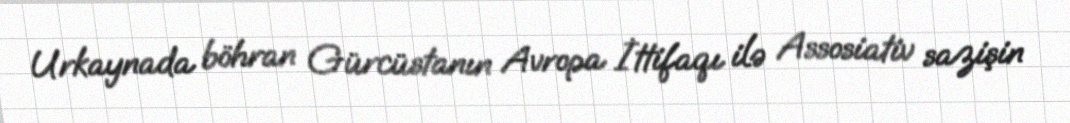
Urkaynada böhran Gürcüstanın Avropa İttifaqı ilə Assosiativ sazişin